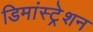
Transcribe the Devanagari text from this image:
डिमांस्ट्रेशन